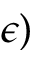
\epsilon )